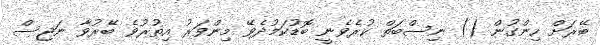
ބޭރަށް ހިންގުން () ނިސްބަތް ކުރެވެނީ ބޮޑުކަމުދެވޭ މިންވަރު އިތުރުވެ ބޭރުވާ ނަޖިސް